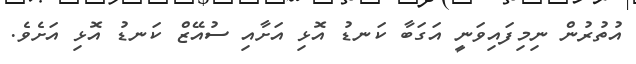
އުތުރުން ނިމިފައިވަނީ އަގަބާ ކަނޑު އޮޅި އަށާއި ސުއޭޒް ކަނޑު އޮޅި އަށެވެ.